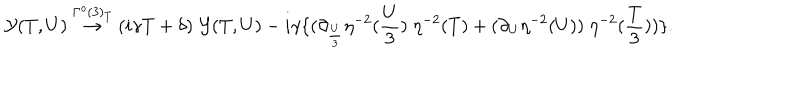
LaTeX: { \cal Y } ( T , U ) \stackrel { { \Gamma ^ { o } ( 3 ) } _ { T } } { \rightarrow } ( i \gamma T + \delta ) \; { \cal Y } ( T , U ) - i \gamma \{ ( \partial _ { \frac { U } { 3 } } \eta ^ { - 2 } ( \frac { U } { 3 } ) \; \eta ^ { - 2 } ( T ) + ( \partial _ { U } \eta ^ { - 2 } ( U ) ) \; \eta ^ { - 2 } ( \frac { T } { 3 } ) ) \} .